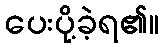
ပေးပို့ခဲ့ရ၏။